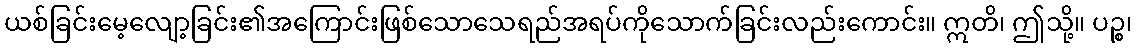
ယစ်ခြင်းမေ့လျော့ခြင်း၏အကြောင်းဖြစ်သောသေရည်အရပ်ကိုသောက်ခြင်းလည်းကောင်း။ ဣတိ၊ ဤသို့။ ပဉ္စ၊